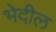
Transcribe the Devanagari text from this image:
भेदील